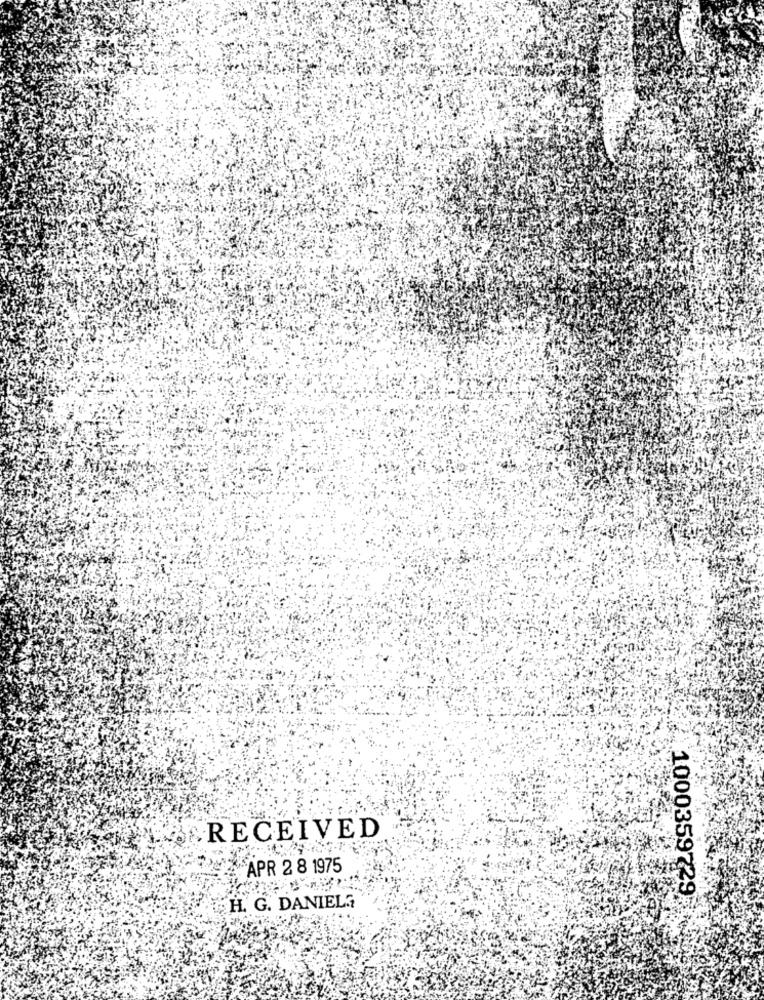
RECEIVED
APR 2 8 1975
1000359729
H. G. DANIEL?